Leningradi_Edasi_toimetus, lk 11
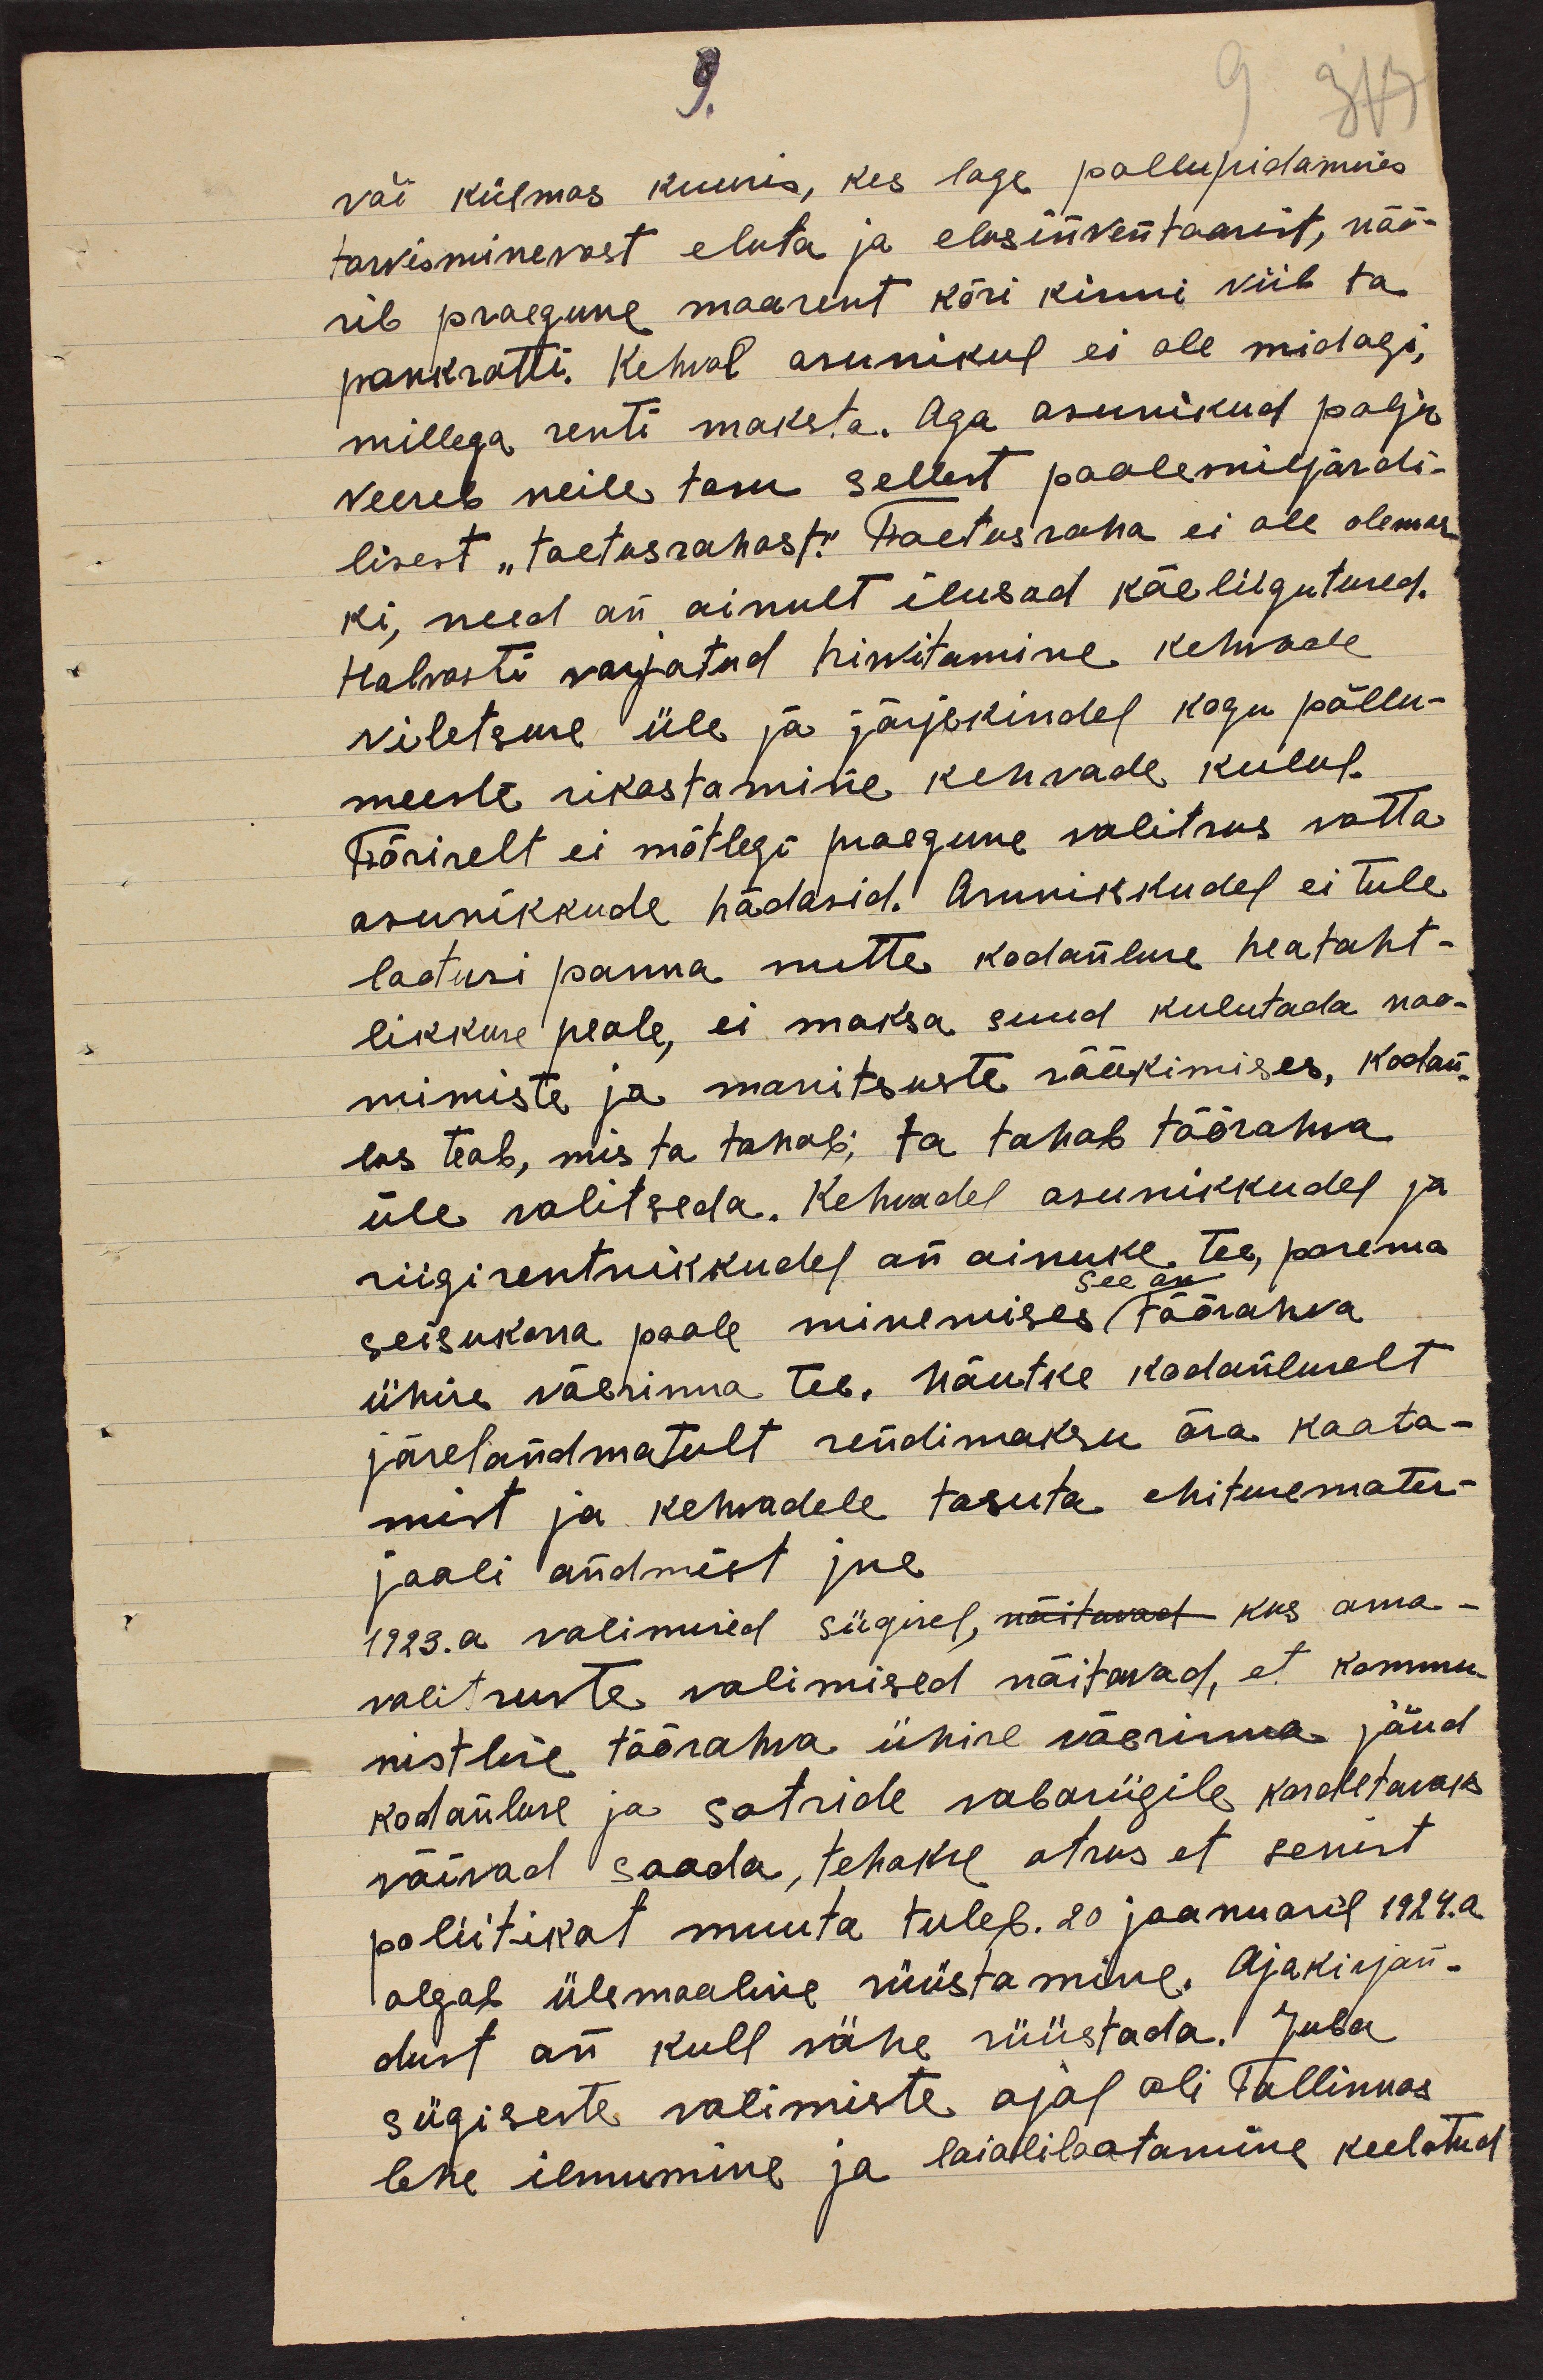
9.
või külmas kuuris, kes lage pollupidamises
tarvisminevast eluta ja elusinventaarist, nöö-
rib praegune maarent kõri kinni viib ta
pankrotti. Kehval asunikul ei ole midagi,
millega renti maksta. Aga asunikud palju
veereb neile tasu sellest poolemiljardi-
lisest "toetusrahast." Toetusraha ei ole olemas-
ki, need on ainult ilusad käeliigutused.
Halvasti varjatud hirvitamine kehwade
viletsuse üle ja järjekindel kogu põllu-
meeste rikastamine kehvade kulul.
Tõsiselt ei mõtlegi praegune valitsus votta
asunikkude hädasid. Asunikkudel ei tule
lootusi panna mitte kodanluse heataht-
likkuse peale, ei maksa suud kulutada noo-
mimiste ja manitsuste rääkimises, kodan-
las teab, mis ta tahab; ta tahab töörahva
üle valitseda. Kehvadel asunikkudel ja
riigirentnikkudel on ainuke tee, parema
see on
seisukorra poole minemises töörahva
ühise väerinna tee. Nõutke kodanluselt
järelandmatult rendimaksu ära kaota-
mist ja kehvadele tasuta ehitusemater-
jaali andmist jne
1923. a valimised sügisel, näitavad kus oma-
valitsuste valimised näitavad, et kommu-
nistline töörahva ühise väerinna jõud
kodanluse ja sotside vabariigile kardetavaks
võivad saada, tehakse otsus et senist
poliitikat muuta tuleb. 20 jaanuaril 1924.a
algab ülemaaline rüüstamine. Ajakirjan-
dust on kull vähe rüüstada. Juba
sügiseste valimiste ajal oli Tallinnas
lehe ilmumine ja laialilaotamine keelatud